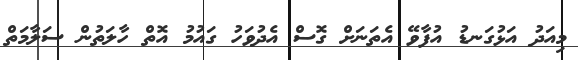
މިއަދު އަޅުގަނޑު އުފާވޭ އެތަނަށް ގޮސް އެދުވަހު ގައުމު އޮތް ހާލަތުން ސަލާމަތް